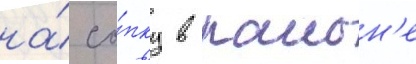
на́ со́пку в раион'е